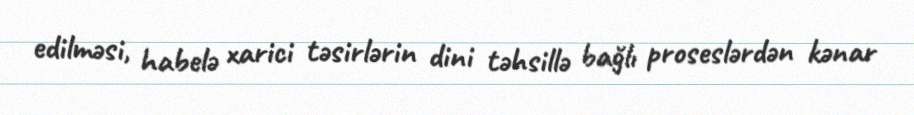
edilməsi, habelə xarici təsirlərin dini təhsillə bağlı proseslərdən kənar